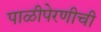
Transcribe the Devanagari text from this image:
पाळीपेरणीची